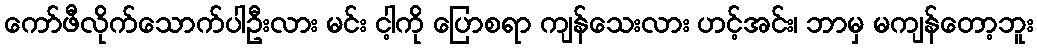
ကော်ဖီလိုက်သောက်ပါဦးလား မင်း ငါ့ကို ပြောစရာ ကျန်သေးလား ဟင့်အင်း၊ ဘာမှ မကျန်တော့ဘူး